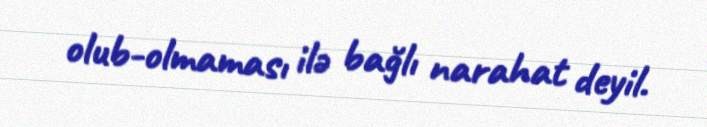
olub-olmaması ilə bağlı narahat deyil.